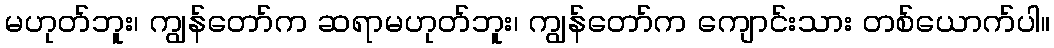
မဟုတ်ဘူး၊ ကျွန်တော်က ဆရာမဟုတ်ဘူး၊ ကျွန်တော်က ကျောင်းသား တစ်ယောက်ပါ။